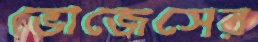
ভোজেসের